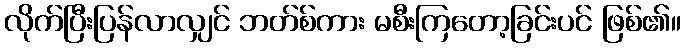
လိုက်ပြီးပြန်လာလျှင် ဘတ်စ်ကား မစီးကြတော့ခြင်းပင် ဖြစ်၏။